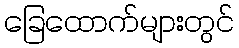
ခြေထောက်များတွင်